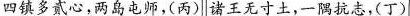
四镇多贰心，两岛电师，(丙)诸王无寸土，一隅抗志，(丁)